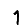
Digit: 1